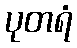
ပုတရံ